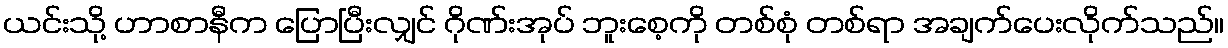
ယင်းသို့ ဟာစာနီက ပြောပြီးလျှင် ဂိုဏ်းအုပ် ဘူးစေ့ကို တစ်စုံ တစ်ရာ အချက်ပေးလိုက်သည်။